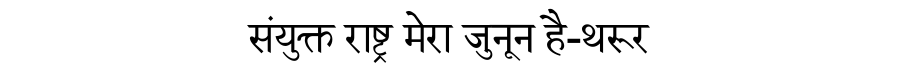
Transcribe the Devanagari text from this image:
संयुक्त राष्ट्र मेरा जुनून है-थरूर